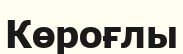
Көроғлы